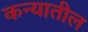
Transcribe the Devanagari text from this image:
कन्यातील